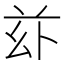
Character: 𠧦